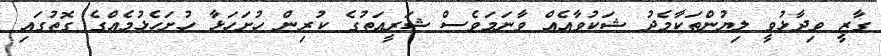
ގާޒީ ވިދާޅުވީ ލިޔުންތަކާމެދު ޝަކުވާއެއް ވާނަމަވެސް ޝަރީއަތުގެ ކުރިން ހުށަހަޅާ ހުށަހެޅުމެއްގެ ގޮތުގައި